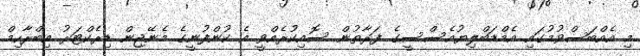
މި އެއްބަސްވުމުގައި އެމްޑަބްލިޔުއެސްސީގެ ފަރާތުން ސޮއިކުރެއްވީ އެ ކުންފުނީގެ މެނޭޖިން ޑިރެކްޓަރު އިބްރާހިމް